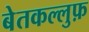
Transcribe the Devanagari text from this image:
बेतकल्लुफ़